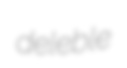
deleble